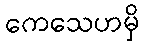
ကေသေဟမှိ